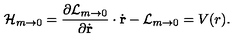
{ \cal H } _ { m \to 0 } = { \frac { \partial { \cal L } _ { m \to 0 } } { \partial \dot { \mathrm { \bf r } } } } \cdot \dot { \mathrm { \bf r } } - { \cal L } _ { m \to 0 } = V ( r ) .